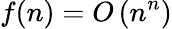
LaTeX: f(n)=O\left(n^{n}\right)